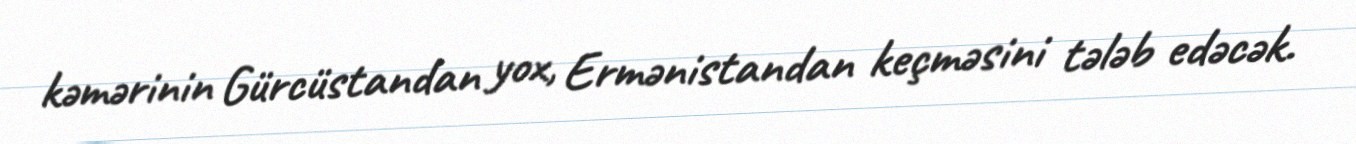
kəmərinin Gürcüstandan yox, Ermənistandan keçməsini tələb edəcək.